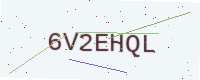
Text: 6V2EHQL